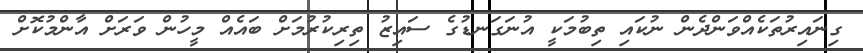
ގިނައިރުތަކެއްވަންދެން ނުކައި ތިބުމަކީ އުނަގަނޑުގެ ސައިޒު ތިރިކުރުމަށް ބައެއް މީހުން ވަރަށް އާންމުކޮށް